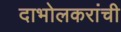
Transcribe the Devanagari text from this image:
दाभोलकरांची